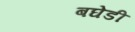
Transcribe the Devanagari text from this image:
बघेडी